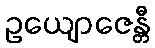
ဥယျောဇေန္တီ